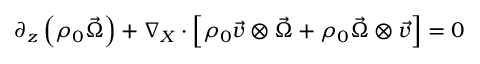
\begin{array} { r } { \partial _ { z } \left( \rho _ { 0 } \vec { \Omega } \right) + \nabla _ { X } \cdot \left[ \rho _ { 0 } \vec { v } \otimes \vec { \Omega } + \rho _ { 0 } \vec { \Omega } \otimes \vec { v } \right] = 0 } \end{array}